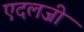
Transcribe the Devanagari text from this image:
एदलजी